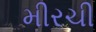
મીરચી